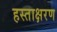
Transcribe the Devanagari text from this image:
हस्ताक्षरण